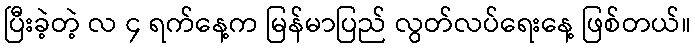
ပြီးခဲ့တဲ့ လ ၄ ရက်နေ့က မြန်မာပြည် လွတ်လပ်ရေးနေ့ ဖြစ်တယ်။